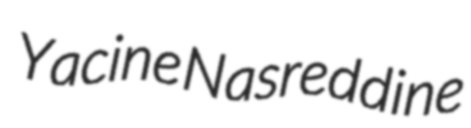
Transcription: Yacine Nasreddine